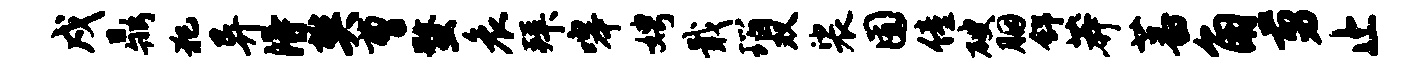
戍鼎犯异得樊曹蝥哀拜嗥娉戢瑙双裟囿僮破胭舒莽蕃角剪止